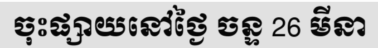
ចុះផ្សាយនៅថ្ងៃ ចន្ទ 26 មីនា